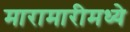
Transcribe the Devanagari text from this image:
मारामारीमध्ये